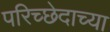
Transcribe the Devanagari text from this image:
परिच्छेदाच्या